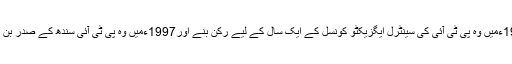
1996ءمیں وہ پی ٹی آئی کی سینٹرل ایگزیکٹو کونسل کے ایک سال کے لیے رکن بنے اور1997ءمیں وہ پی ٹی آئی سندھ کے صدر بن گئے۔